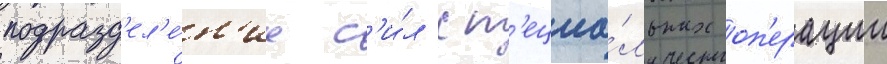
подразд'ел'е́н'иа с'и́л сп'ециа́льных оп'ерации